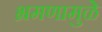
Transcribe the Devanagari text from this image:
भ्रमणामुळे